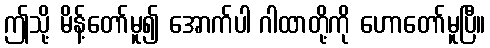
ဤသို့ မိန့်တော်မူ၍ အောက်ပါ ဂါထာတို့ကို ဟောတော်မူပြီ။